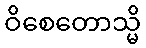
ဝိစေတောသ္မိ